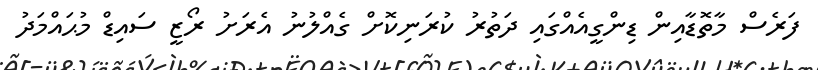
ފަރެސް މާތޮޑާއިން ޑިންގީއެއްގައި ދަތުރު ކުރަނިކޮށް ގެއްލުނު އެރަށު ރޯޒީ ސައިޑް މުޙައްމަދު